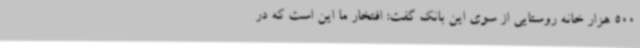
500 هزار خانه روستایی از سوی این بانک گفت: افتخار ما این است که در